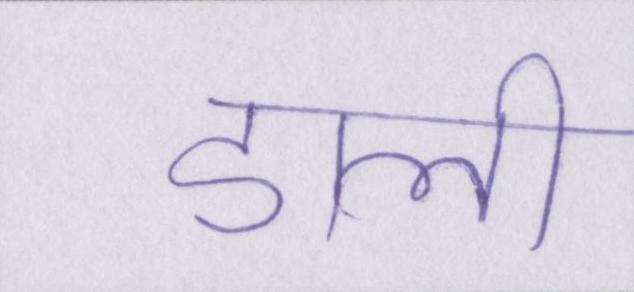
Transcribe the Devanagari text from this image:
डाली